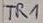
Text: TR1